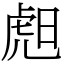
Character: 䖑